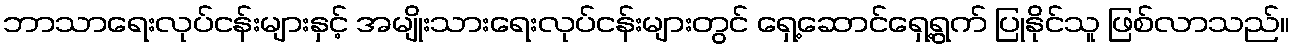
ဘာသာရေးလုပ်ငန်းများနှင့် အမျိုးသားရေးလုပ်ငန်းများတွင် ရှေ့ဆောင်ရှေ့ရွက် ပြုနိုင်သူ ဖြစ်လာသည်။